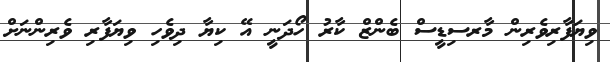
ވިޔަފާރިވެރިން މާރސިޑީސް ބެންްޒް ކާރު ހޯދަނީ އޭ ކިޔާ ދިވެހި ވިޔަފާރި ވެރިންނަށް